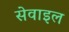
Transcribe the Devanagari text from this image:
सेवाइल